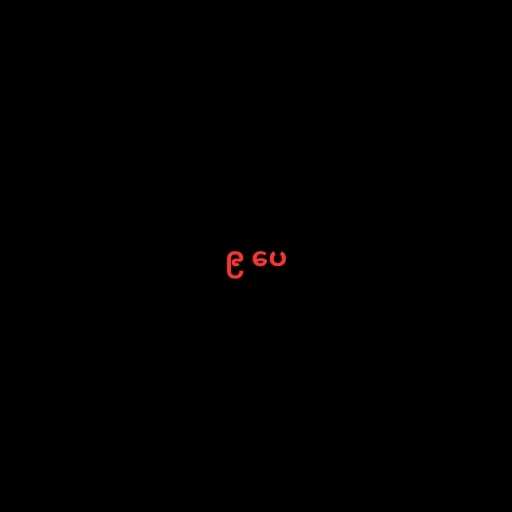
၉ ပေ